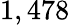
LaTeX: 1,478